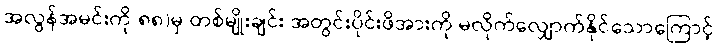
အလွန်အမင်းကို ၈၈)မှ တစ်မျိုးချင်း အတွင်းပိုင်းဖိအားကို မလိုက်လျှောက်နိုင်သောကြောင့်